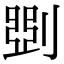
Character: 㓸